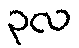
၃လ